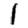
Digit: 1